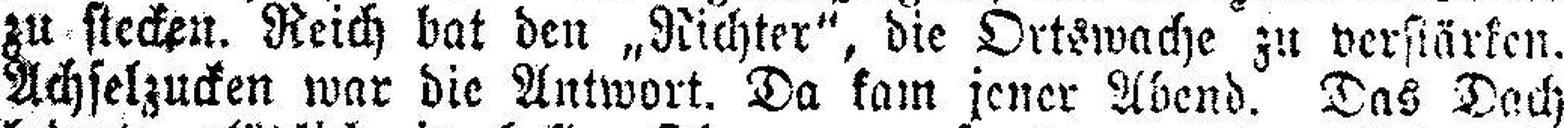
zu stecken. Reich bat den „Richter“, die Ortswache zu verstärken.